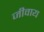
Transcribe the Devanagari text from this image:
जीवाय